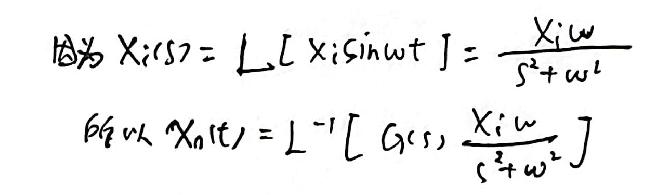
因为 \(X_{i}(s) = L[X_{i}\sin\omega t]=\frac{X_{i}\omega}{s^{2}+\omega^{2}}\)
所以 \(X_{0}(t)=L^{-1}[G(s)\frac{X_{i}\omega}{s^{2}+\omega^{2}}]\)